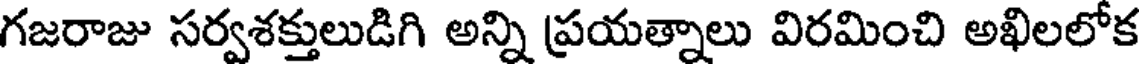
గజరాజు సర్వశక్తులుడిగి అన్ని ప్రయత్నాలు విరమించి అఖిలలోక